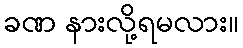
ခဏ နားလို့ရမလား။